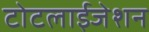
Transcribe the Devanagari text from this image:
टोटलाईजेशन